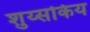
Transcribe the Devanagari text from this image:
शुय्सकिय